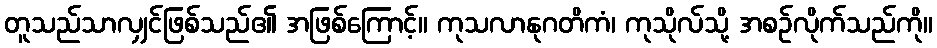
တူသည်သာလျှင်ဖြစ်သည်၏ အဖြစ်ကြောင့်။ ကုသလာနုဂတိကံ၊ ကုသိုလ်သို့ အစဉ်လိုက်သည်ကို။